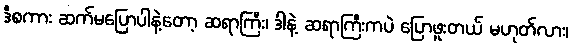
ဒီစကား ဆက်မပြောပါနဲ့တော့ ဆရာကြီး၊ ဒါနဲ့ ဆရာကြီးကပဲ ပြောဖူးတယ် မဟုတ်လား၊